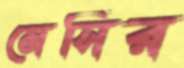
মেসির